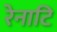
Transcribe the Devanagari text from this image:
रेनाटि